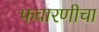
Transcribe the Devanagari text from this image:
फवारणीचा